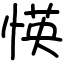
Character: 愥